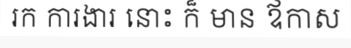
រក ការងារ នោះ ក៏ មាន ឪកាស